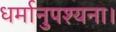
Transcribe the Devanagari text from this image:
धर्मानुपश्यना।